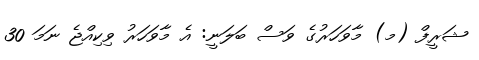
ޝަރީފް (މ) މާވަހަރުގެ ވަސް ބަލަނީ: އެ މާވަހަރު ވިކިއްޖެ ނަމަ 30